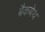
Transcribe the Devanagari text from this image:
बैकबेथ